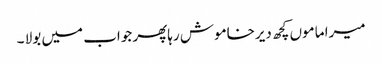
میرا ماموں کچھ دیرخاموش رہاپھر جواب میں بولا ۔